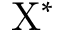
\mathrm { { X ^ { * } } }